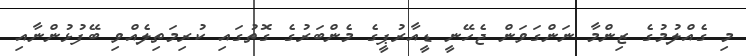
މި ގެއްލުމުގެ ޒިންމާ ނަންގަވަން ޖެހޭނީ ޑީއާރުޕީގެ މެންބަރުގެ ގޮތުގައި ކުރިމަތިލެއްވި ބޭފުޅުންނާއި